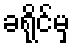
ခရိုင်မှ